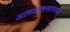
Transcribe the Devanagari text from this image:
आमवातासारख्या